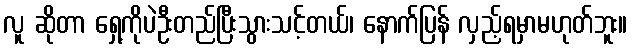
လူ ဆိုတာ ရှေ့ကိုပဲဦးတည်ပြီးသွားသင့်တယ်၊ နောက်ပြန် လှည့်ရမှာမဟုတ်ဘူး။